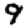
Digit: 9